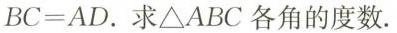
BC=AD。求△ABC各角的度数.